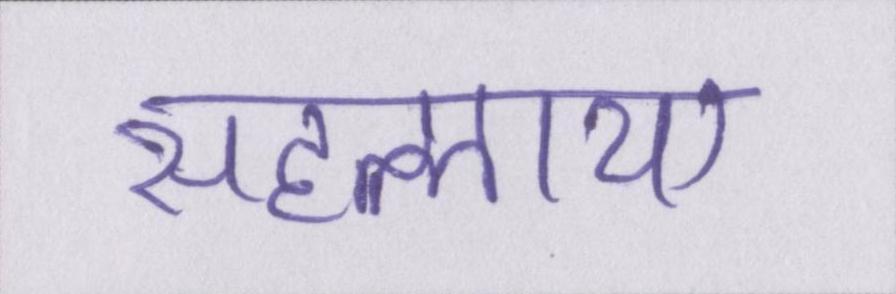
सहलाया